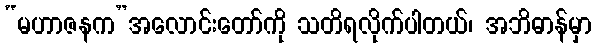
“မဟာဇနက”အလောင်းတော်ကို သတိရလိုက်ပါတယ်၊ အဘိဓာန်မှာ